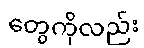
တွေကိုလည်း